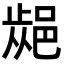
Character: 𨜁